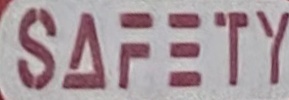
SAFETY